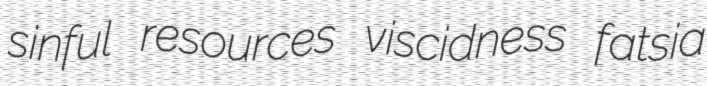
sinful resources viscidness fatsia